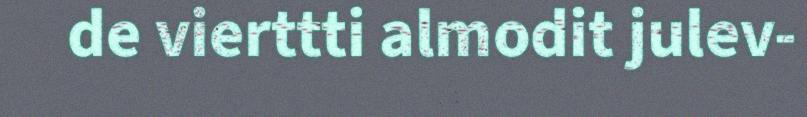
de vierttti almodit julev-